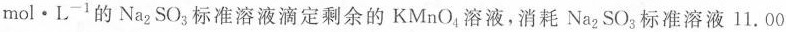
m o l · L ^ { - 1 }$$的Na_{2}SO_{3}标准溶液滴定剩余的KMnO_{4}溶液，消耗Na_{2}SO_{3}标准溶液11.00